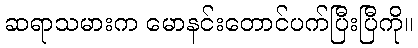
ဆရာသမားက မောနင်းတောင်ပက်ပြီးပြီကို။